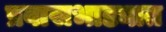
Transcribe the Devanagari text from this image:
प्रवासभाड्यात